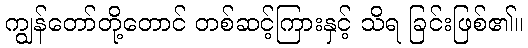
ကျွန်တော်တို့တောင် တစ်ဆင့်ကြားနှင့် သိရ ခြင်းဖြစ်၏။